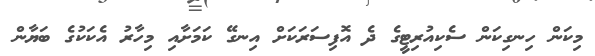
މިކަން ހިނގިކަން ސެކިއުރިޓީގެ ދެ އޮފިސަރަކަށް އިނގޭ ކަމަށާއި މިހާރު އެކަކުގެ ބަޔާން